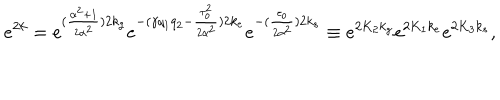
e ^ { 2 k } = e ^ { ( { \frac { \alpha ^ { 2 } + 1 } { 2 \alpha ^ { 2 } } } ) 2 k _ { g } } e ^ { - { ( \gamma q _ { 1 } q _ { 2 } - { \frac { \tau _ { o } ^ { 2 } } { 2 \alpha ^ { 2 } } } ) } 2 k _ { e } } e ^ { - ( { \frac { \tau _ { o } } { 2 \alpha ^ { 2 } } } ) 2 k _ { s } } \equiv e ^ { 2 K _ { 2 } k _ { g } } e ^ { 2 K _ { 1 } k _ { e } } e ^ { 2 K _ { 3 } k _ { s } } ,